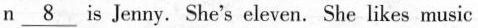
n \underline8 is Jenny. She's eleven. She likes music